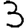
Digit: 3